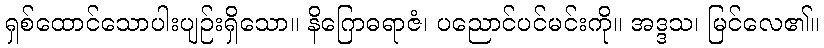
ရှစ်ထောင်သောပါးပျဉ်းရှိသော။ နိဂြောဓရာဇံ၊ ပညောင်ပင်မင်းကို။ အဒ္ဒသ၊ မြင်လေ၏။